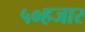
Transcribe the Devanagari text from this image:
५०हजार